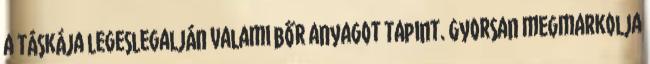
a táskája legeslegalján valami bőr anyagot tapint. Gyorsan megmarkolja